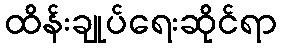
ထိန်းချုပ်ရေးဆိုင်ရာ